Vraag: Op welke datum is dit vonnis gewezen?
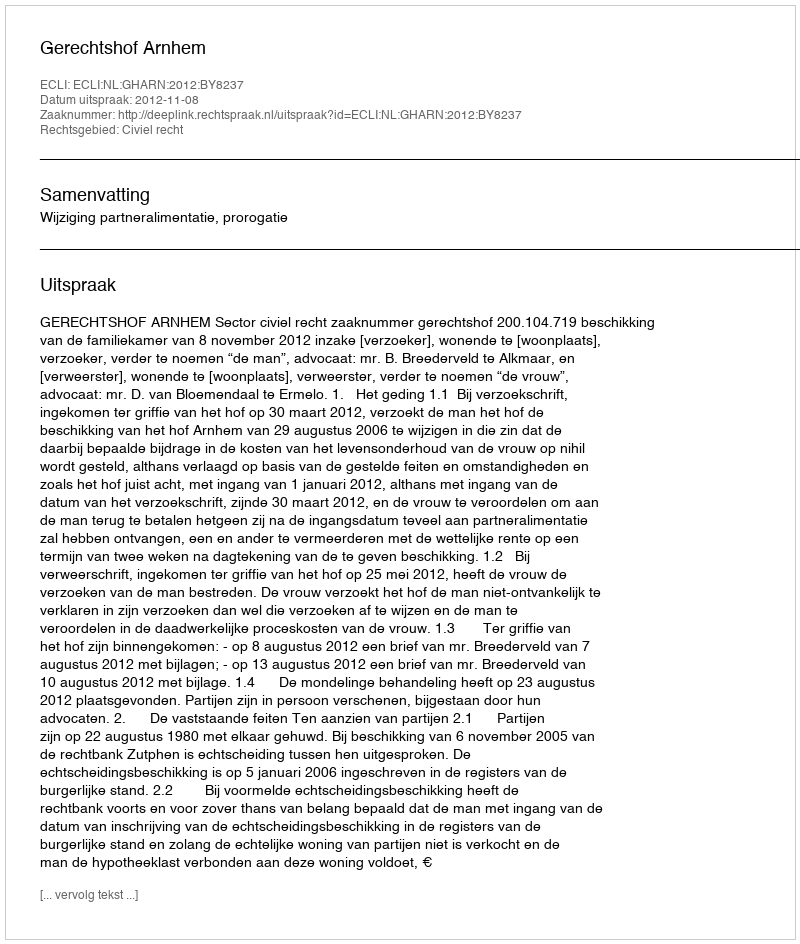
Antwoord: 2012-11-08